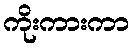
ကိုးကားကာ